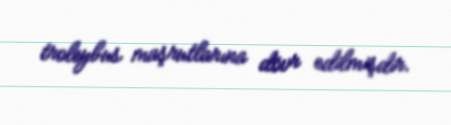
troleybus maşrutlarına dövr edilmişdir.